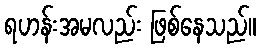
ရဟန်းအမလည်း ဖြစ်နေသည်။